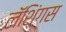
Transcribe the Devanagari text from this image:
लॅशिंगस